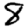
Digit: 8